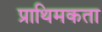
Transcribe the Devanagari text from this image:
प्राथिमकता